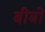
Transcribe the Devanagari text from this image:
बीबो